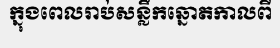
ក្នុងពេលរាប់សន្លឹកឆ្នោតកាលពី